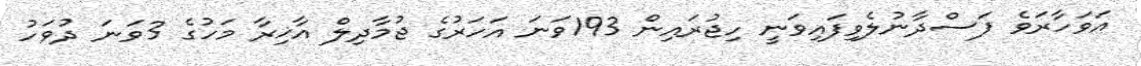
އަވަހާރަވެ ފަސްދާނުލެވިފައިވަނީ ހިޖުރައިން 193ވަނަ އަހަރުގެ ޖުމާދިލް އާޚިރާ މަހުގެ 3ވަނަ ދުވަހު